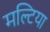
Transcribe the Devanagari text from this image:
मल्टिया